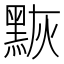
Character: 𪑀